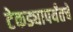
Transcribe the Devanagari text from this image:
टेकड्यापर्यंतचे